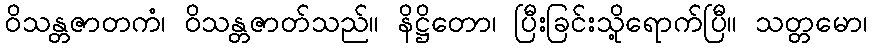
ဝိသန္တဇာတကံ၊ ဝိသန္တဇာတ်သည်။ နိဋ္ဌိတော၊ ပြီးခြင်းသို့ရောက်ပြီ။ သတ္တမော၊